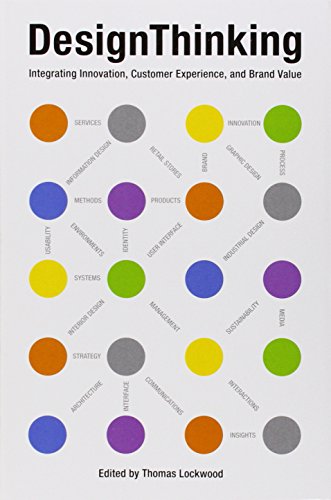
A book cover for Design Thinking: Integrating Innovation, Customer Experience, and Brand Value; Thomas Lockwood; Business & Money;